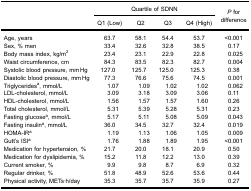
<table><thead><tr><td rowspan="3"><b> </b></td><td colspan="4"><b>Quartile of SDNN</b></td><td rowspan="3"><b><i>P</i> fordifference</b></td></tr><tr><td><b>Q1 (Low)</b></td><td><b>Q2</b></td><td><b>Q3</b></td><td><b>Q4 (High)</b></td></tr></thead><tbody><tr><td>Age, years</td><td>63.7</td><td>58.1</td><td>54.4</td><td>53.7</td><td>&lt;0.001</td></tr><tr><td>Sex, % men</td><td>33.4</td><td>32.6</td><td>32.8</td><td>38.5</td><td>0.17</td></tr><tr><td>Body mass index, kg/m<sup>2</sup></td><td>23.4</td><td>23.1</td><td>22.9</td><td>22.8</td><td>0.025</td></tr><tr><td>Waist circumference, cm</td><td>84.3</td><td>83.5</td><td>82.3</td><td>82.7</td><td>0.004</td></tr><tr><td>Systolic blood pressure, mm Hg</td><td>127.0</td><td>125.7</td><td>125.0</td><td>125.3</td><td>0.38</td></tr><tr><td>Diastolic blood pressure, mm Hg</td><td>77.3</td><td>76.6</td><td>75.6</td><td>74.5</td><td>0.001</td></tr><tr><td>Triglycerides<sup>a</sup>, mmol/L</td><td>1.07</td><td>1.09</td><td>1.02</td><td>1.02</td><td>0.062</td></tr><tr><td>LDL-cholesterol, mmol/L</td><td>3.09</td><td>3.18</td><td>3.09</td><td>3.06</td><td>0.11</td></tr><tr><td>HDL-cholesterol, mmol/L</td><td>1.56</td><td>1.57</td><td>1.57</td><td>1.60</td><td>0.26</td></tr><tr><td>Total cholesterol, mmol/L</td><td>5.31</td><td>5.39</td><td>5.28</td><td>5.31</td><td>0.23</td></tr><tr><td>Fasting glucose<sup>a</sup>, mmol/L</td><td>5.17</td><td>5.11</td><td>5.08</td><td>5.09</td><td>0.043</td></tr><tr><td>Fasting insulin<sup>a</sup>, mmol/L</td><td>36.0</td><td>34.5</td><td>32.7</td><td>32.4</td><td>0.019</td></tr><tr><td>HOMA-IR<sup>a</sup></td><td>1.19</td><td>1.13</td><td>1.06</td><td>1.05</td><td>0.009</td></tr><tr><td>Gutt’s ISI<sup>a</sup></td><td>1.76</td><td>1.88</td><td>1.89</td><td>1.95</td><td>&lt;0.001</td></tr><tr><td>Medication for hypertension, %</td><td>21.7</td><td>20.0</td><td>18.1</td><td>20.9</td><td>0.50</td></tr><tr><td>Medication for dyslipidemia, %</td><td>15.2</td><td>11.8</td><td>12.2</td><td>13.0</td><td>0.39</td></tr><tr><td>Current smoker, %</td><td>9.9</td><td>9.8</td><td>8.7</td><td>6.9</td><td>0.32</td></tr><tr><td>Regular drinker, %</td><td>51.8</td><td>48.9</td><td>52.6</td><td>53.6</td><td>0.44</td></tr><tr><td>Physical activity, METs·h/day</td><td>35.3</td><td>35.7</td><td>35.7</td><td>35.9</td><td>0.27</td></tr></tbody></table>